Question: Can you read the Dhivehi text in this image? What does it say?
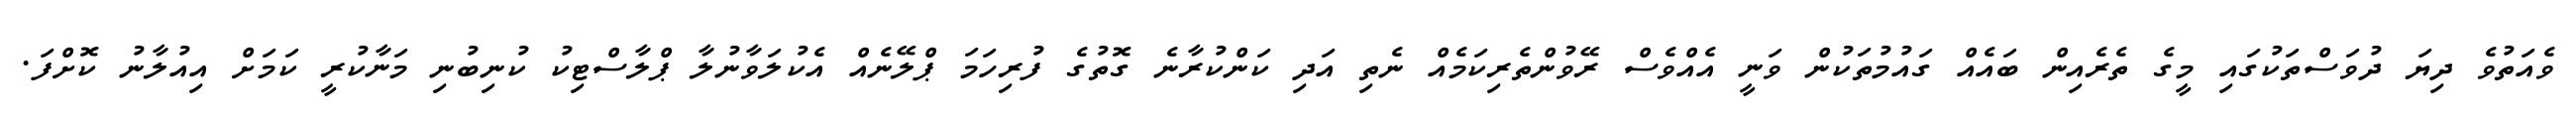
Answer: ވެއަތުވެ ދިޔަ ދުވަސްތަކުގައި މީގެ ތެރެއިން ބައެއް ގައުމުތަކުން ވަނީ އެއްވެސް ރޭވުންތެރިކަމެއް ނެތި އަދި ކަންކުރާނެ ގޮތުގެ ފުރިހަމަ ޕްލޭނެއް އެކުލަވާނުލާ ޕްލާސްޓިކު ކުނިބުނި މަނާކުރީ ކަމަށް އިއުލާނު ކޮށްފަ.